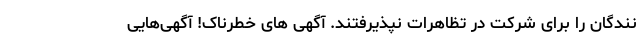
نندگان را برای شرکت در تظاهرات نپذیرفتند. آگهی‌ های خطرناک! آگهی‌هایی